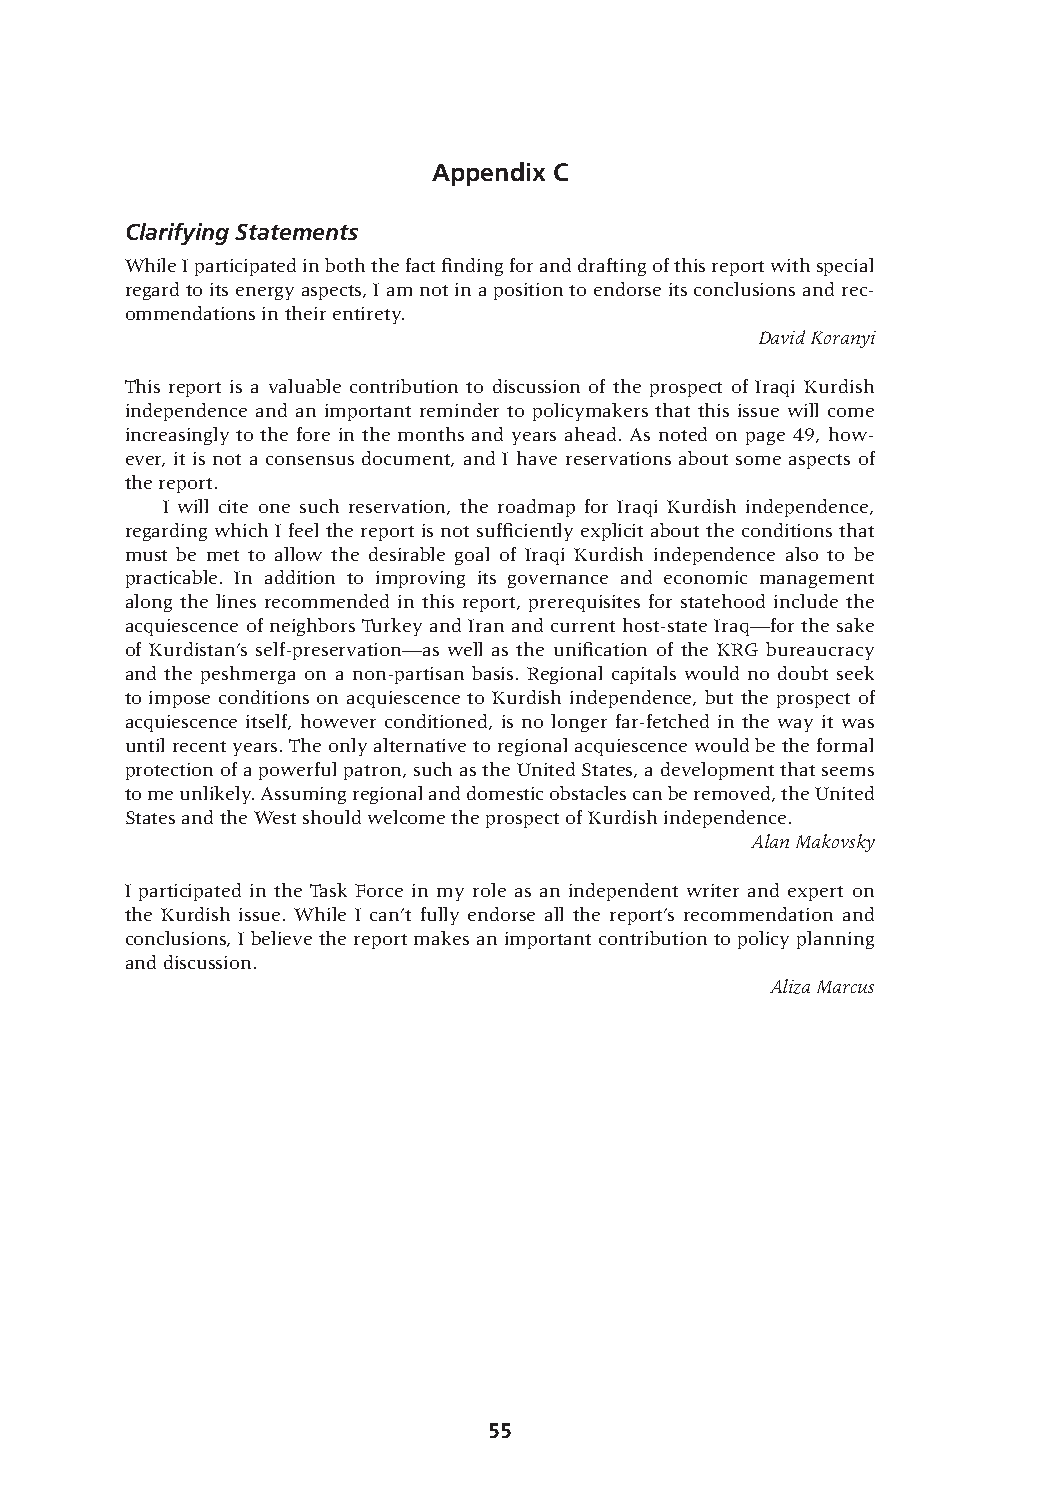
Appendix C
 Clarifying Statements
 While I participated in both the fact finding for and drafting of this report with special
 regard to its energy aspects, I am not in a position to endorse its conclusions and rec-
 ommendations in their entirety.
 David Koranyi
 This report is a valuable contribution to discussion of the prospect of Iraqi Kurdish
 independence and an important reminder to policymakers that this issue will come
 increasingly to the fore in the months and years ahead. As noted on page 49, how-
 ever, it is not a consensus document, and I have reservations about some aspects of
 the report.
 I will cite one such reservation, the roadmap for Iraqi Kurdish independence,
 regarding which I feel the report is not sufficiently explicit about the conditions that
 must be met to allow the desirable goal of Iraqi Kurdish independence also to be
 practicable. In addition to improving its governance and economic management
 along the lines recommended in this report, prerequisites for statehood include the
 acquiescence of neighbors Turkey and Iran and current host-state Iraq—for the sake
 of Kurdistan’s self-preservation—as well as the unification of the KRG bureaucracy
 and the peshmerga on a non-partisan basis. Regional capitals would no doubt seek
 to impose conditions on acquiescence to Kurdish independence, but the prospect of
 acquiescence itself, however conditioned, is no longer far-fetched in the way it was
 until recent years. The only alternative to regional acquiescence would be the formal
 protection of a powerful patron, such as the United States, a development that seems
 to me unlikely. Assuming regional and domestic obstacles can be removed, the United
 States and the West should welcome the prospect of Kurdish independence.
 Alan Makovsky
 I participated in the Task Force in my role as an independent writer and expert on
 the Kurdish issue. While I can’t fully endorse all the report’s recommendation and
 conclusions, I believe the report makes an important contribution to policy planning
 and discussion.
 Aliza Marcus
 55